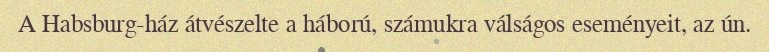
A Habsburg-ház átvészelte a háború, számukra válságos eseményeit, az ún.